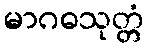
မာဂဓသုတ္တံ